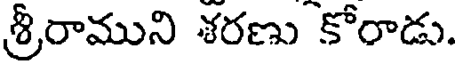
శ్రీరాముని శరణు కోరాడు.